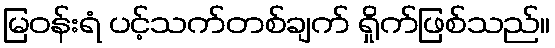
မြဝန်းရံ ပင့်သက်တစ်ချက် ရှိုက်ဖြစ်သည်။